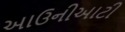
આઉનીઆટી